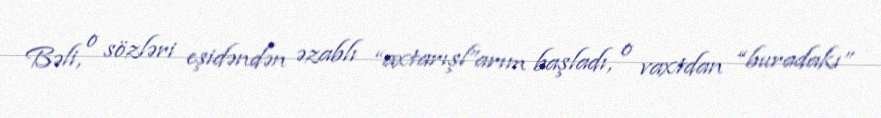
Bəli, o sözləri eşidəndən əzablı “axtarışl”arım başladı, o vaxtdan “buradakı”